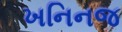
ખનિનજ